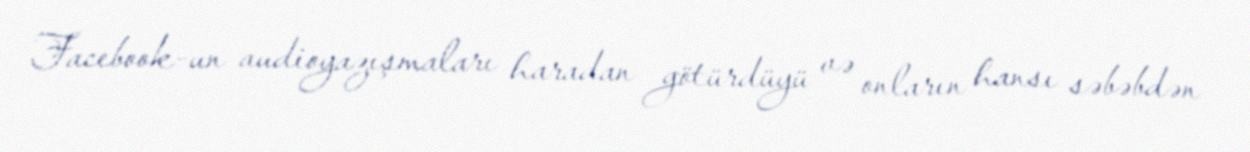
Facebook-un audioyazışmaları haradan götürdüyü və onların hansı səbəbdən